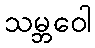
သမ္ဘဝေါ